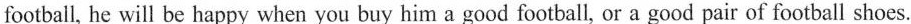
football, he will be happy when you buy him a good football, or a good pair of football shoes.